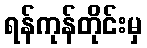
ရန်ကုန်တိုင်းမှ